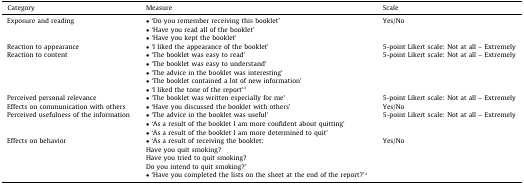
<table><thead><tr><td><b>Category</b></td><td><b>Measure</b></td><td><b>Scale</b></td></tr></thead><tbody><tr><td>Exposure and reading</td><td>• ‘Do you remember receiving this booklet’• ‘Have you read all of the booklet’• ‘Have you kept the booklet’</td><td>Yes/No</td></tr><tr><td>Reaction to appearance</td><td>• ‘I liked the appearance of the booklet’</td><td>5-point Likert scale: Not at all – Extremely</td></tr><tr><td>Reaction to content</td><td>• ‘The booklet was easy to read’• ‘The booklet was easy to understand’• ‘The advice in the booklet was interesting’• ‘The booklet contained a lot of new information’• ‘I liked the tone of the report’a</td><td>5-point Likert scale: Not at all – Extremely</td></tr><tr><td>Perceived personal relevance</td><td>• ‘The booklet was written especially for me’</td><td>5-point Likert scale: Not at all – Extremely</td></tr><tr><td>Effects on communication with others</td><td>• ‘Have you discussed the booklet with others’</td><td>Yes/No</td></tr><tr><td>Perceived usefulness of the information</td><td>• ‘The advice in the booklet was useful’• ‘As a result of the booklet I am more confident about quitting’• ‘As a result of the booklet I am more determined to quit’</td><td>5-point Likert scale: Not at all – Extremely</td></tr><tr><td>Effects on behavior</td><td>• ‘As a result of receiving the booklet:Have you quit smoking?Have you tried to quit smoking?Do you intend to quit smoking?’• ‘Have you completed the lists on the sheet at the end of the report?’a</td><td>Yes/No</td></tr></tbody></table>